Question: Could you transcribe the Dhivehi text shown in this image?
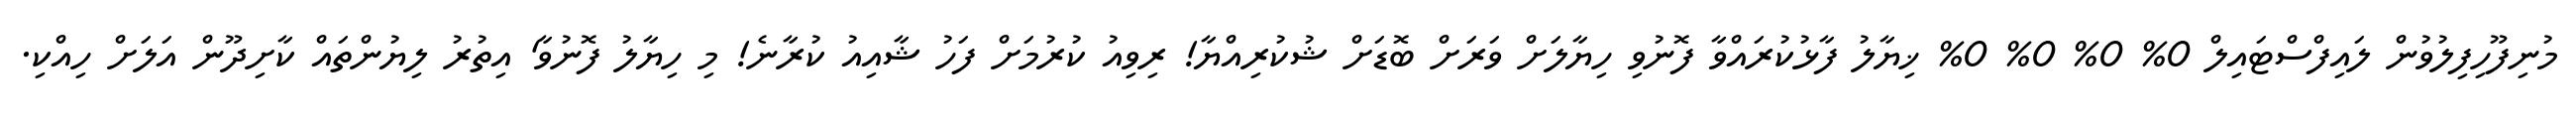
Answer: މުނިފޫހިފިލުވުން ލައިފްސްޓައިލް 0% 0% 0% 0% ޚިޔާލު ފާޅުކުރައްވާ ފޮނުވި ހިޔާލަށް ވަރަށް ބޮޑަށް ޝުކުރިއްޔާ! ރިވިއު ކުރުމަށް ފަހު ޝާއިއު ކުރާނެ! މި ހިޔާލު ފޮނުވާ' އިތުރު ލިޔުންތައް ކާށިދޫން އަލަށް ހިއްކި.